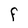
Character: F